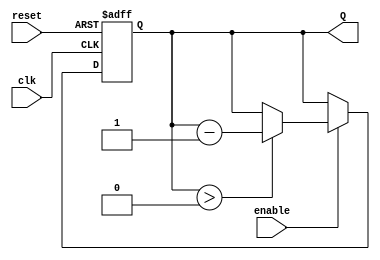
module binary_down_counter #(
    parameter N = 4 // N-bit counter, can be adjusted based on the required maximum count
)(
    input wire clk,         // Clock input
    input wire reset,       // Asynchronous reset
    input wire enable,      // Enable signal
    output reg [N-1:0] Q    // N-bit output count
);

    // Define the maximum count value
    localparam MAX_COUNT = (1 << N) - 1; // 2^N - 1

    // Initial block for setting the initial count value
    initial begin
        Q = MAX_COUNT; // Initialize the counter to the maximum value
    end

    // Always block triggered on the rising edge of the clock or reset
    always @(posedge clk or posedge reset) begin
        if (reset) begin
            Q <= MAX_COUNT; // Reset the counter to the maximum value
        end else if (enable) begin
            if (Q > 0) begin
                Q <= Q - 1; // Decrement the counter
            end
            // If Q is already 0, it remains 0 until reset
        end
    end

endmodule